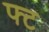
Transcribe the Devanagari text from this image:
फ्ट